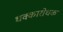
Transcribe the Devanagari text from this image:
धक्कारोधक